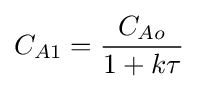
C_{A1}={\frac {C_{Ao}}{1+k\tau }}